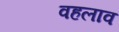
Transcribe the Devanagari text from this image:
वहलाव